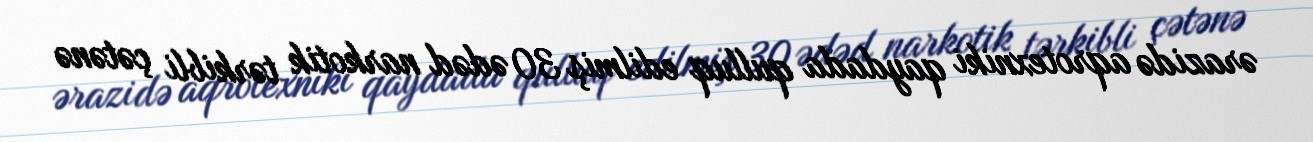
ərazidə aqrotexniki qaydada qulluq edilmiş 30 ədəd narkotik tərkibli çətənə